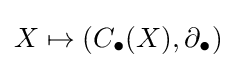
X\mapsto (C_{\bullet }(X),\partial _{\bullet })